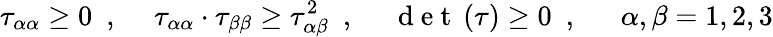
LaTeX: \tau_{\alpha\alpha}\geq 0\ \mathrm{~,~}\quad\tau_{\alpha\alpha}\cdot\tau_{\beta\beta}\geq\tau_{\alpha\beta}^{2}\ \mathrm{~,~}\quad\mathrm{~d~e~t~}\left(\mathbf{\tau}\right)\geq 0\ \mathrm{~,~}\ \quad\alpha,\beta={1,2,3}